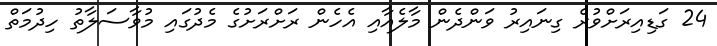
24 ގަޑިއިރަށްވުރެ ގިނައިރު ވަންދެން މާލެއާއި އެހެން ރަށްރަށުގެ މެދުގައި މުވާސަލާތު ހިދުމަތް